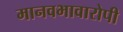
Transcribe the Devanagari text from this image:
मानवभावारोपी